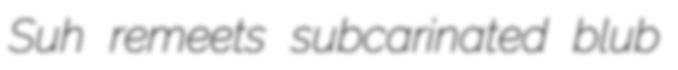
Suh remeets subcarinated blub